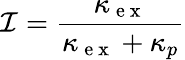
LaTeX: \mathcal{I}=\frac{\kappa_{\mathrm{~e~x~}}}{\kappa_{\mathrm{~e~x~}}+\kappa_{p}}